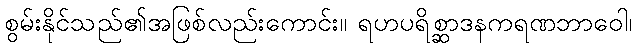
စွမ်းနိုင်သည်၏အဖြစ်လည်းကောင်း။ ရဟပရိစ္ဆာဒနကရဏဘာဝေါ၊